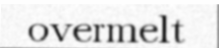
overmelt